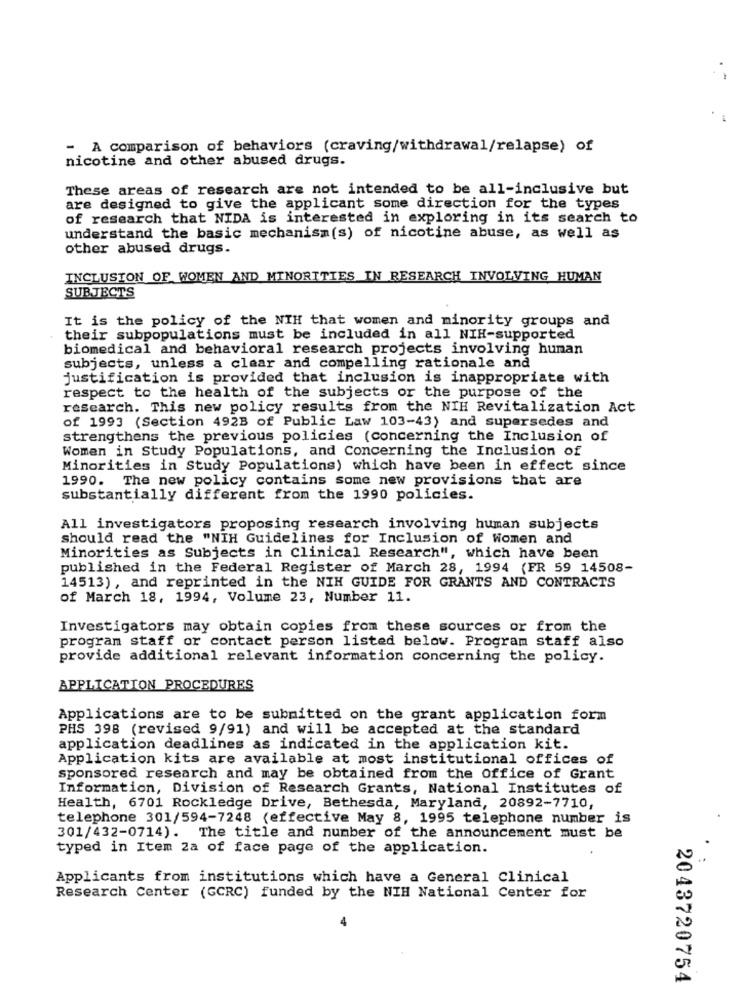
- A comparison of behaviors (craving/withdrawal/relapse) of
nicotine and other abused drugs.
These areas of research are not intended to be all-inclusive but
are designed to give the applicant some direction for the types
of research that NIDA is interested in exploring in its search to
understand the basic mechanism(s) of nicotine abuse, as well as
other abused drugs.
INCLUSION OF WOMEN AND MINORITIES IN RESEARCH INVOLVING HUMAN
SUBJECTS
It is the policy of the NIH that women and minority groups and
their subpopulations must be included in all NIH-supported
biomedical and behavioral research projects involving hunan
subjects, unless a clear and compelling rationale and
justification is provided that inclusion is inappropriate with
respect to the health of the subjects or the purpose of the
research. This new policy results from the NIH Revitalization Act
of 1993 (Section 492B of Public Law 103-43) and supersedes and
strengthens the previous policies (concerning the Inclusion of
Women in Study Populations, and Concerning the Inclusion of
Minorities in Study Populations) which have been in effect since
1990. The new policy contains some new provisions that are
substantially different from the 1990 policies.
All investigators proposing research involving human subjects
should read the "NIH Guidelines for Inclusion of Women and
Minorities as Subjects in Clinical Research", which have been
published in the Federal Register of March 28, 1994 (FR 59 14508-
14513), and reprinted in the NIH GUIDE FOR GRANTS AND CONTRACTS
of March 18, 1994, Volume 23, Number 11.
Investigators may obtain copies from these sources or from the
program staff or contact person listed below. Program staff also
provide additional relevant information concerning the policy.
APPLICATION PROCEDURES
Applications are to be submitted on the grant application form
PHS 398 (revised 9/91) and will be accepted at the standard
application deadlines as indicated in the application kit.
Application kits are available at most institutional offices of
sponsored research and may be obtained from the Office of Grant
Information, Division of Research Grants, National Institutes of
Health, 6701 Rockledge Drive, Bethesda, Maryland, 20892-7710,
telephone 301/594-7248 (effective May 8, 1995 telephone number is
301/432-0714). The title and number of the announcement must be
:
typed in Item 2a of face page of the application.
Applicants from institutions which have a General Clinical
Research Center (GCRC) funded by the NIH National Center for
2043720754